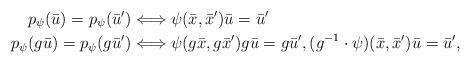
\begin{align*}p_\psi ( \bar{u} ) = p_\psi ( \bar{u}^\prime )&\Longleftrightarrow \psi(\bar{x},\bar{x}^\prime) \bar{u} =\bar{u}^\prime \\p_\psi ( g \bar{u} ) = p_\psi ( g \bar{u}^\prime) &\Longleftrightarrow \psi(g\bar{x}, g \bar{x}^\prime) g \bar{u} = g\bar{u}^\prime, (g^{-1} \cdot\psi)(\bar{x}, \bar{x}^\prime) \bar{u} =\bar{u}^\prime,\end{align*}